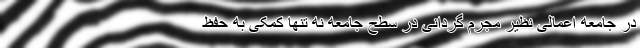
در جامعه اعمالی نظیر مجرم گردانی در سطح جامعه نه تنها کمکی به حفظ